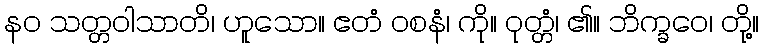
နဝ သတ္တဝါသာတိ၊ ဟူသော။ ဧတံ ဝစနံ၊ ကို။ ဝုတ္တံ၊ ၏။ ဘိက္ခဝေ၊ တို့။